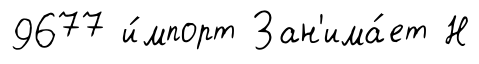
9677 и́мпорт Зан'има́ет Н